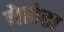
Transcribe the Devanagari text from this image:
बेतोडा